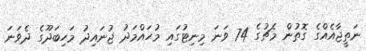
ނަތީޖާއެއްގެ ގޮތުން މެޗުގެ 74 ވަނަ މިނިޓުގައި މުހައްމަދު ޖުނައިދު މަހިބަދޫގެ ދެވަނަ